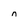
Character: n